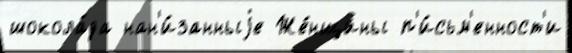
шокола́да нан'и́занныjе Же́нщины п'и́сьм'енност'и